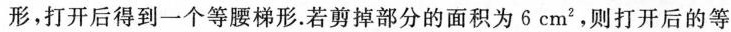
形，打开后得到一个等腰梯形。若剪掉部分的面积为 6 cm^{2}，则打开后的等